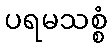
ပရမသစ္စံ